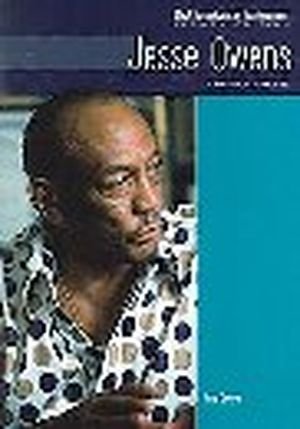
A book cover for Jesse Owens: Champion Athlete (Black Americans of Achievement); Tony Gentry; Children's Books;